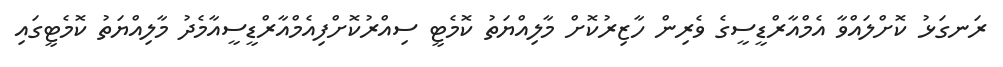
ރަނގަޅު ކޮށްލައްވާ އެމްއާރްޑީސީގެ ވެރިން ހާޒިރުކޮށް މާލިއްޔަތު ކޮމެޓީ ސިއްރުކޮށްފިއެމްއާރްޑީސީއާމެދު މާލިއްޔަތު ކޮމެޓީގައި